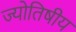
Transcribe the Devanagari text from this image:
ज्‍योतिषीय